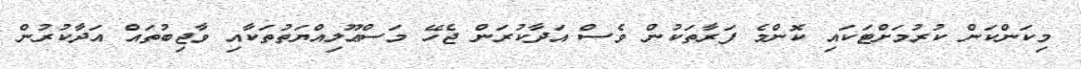
މިކަންކަން ކުރުމަށްޓަކައި ކޮންމެ ފަރާތަކުން ވެސް އަދާކުރަން ޖެހޭ މަސްޢޫލިއްޔަތުތަކާއި ވާޖިބުތައް އަދާކުރުން